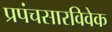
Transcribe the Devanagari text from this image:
प्रपंचसारविवेक